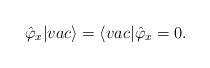
\begin{align*}\hat\varphi _x |vac\rangle = \langle vac|\hat\varphi _x = 0.\end{align*}